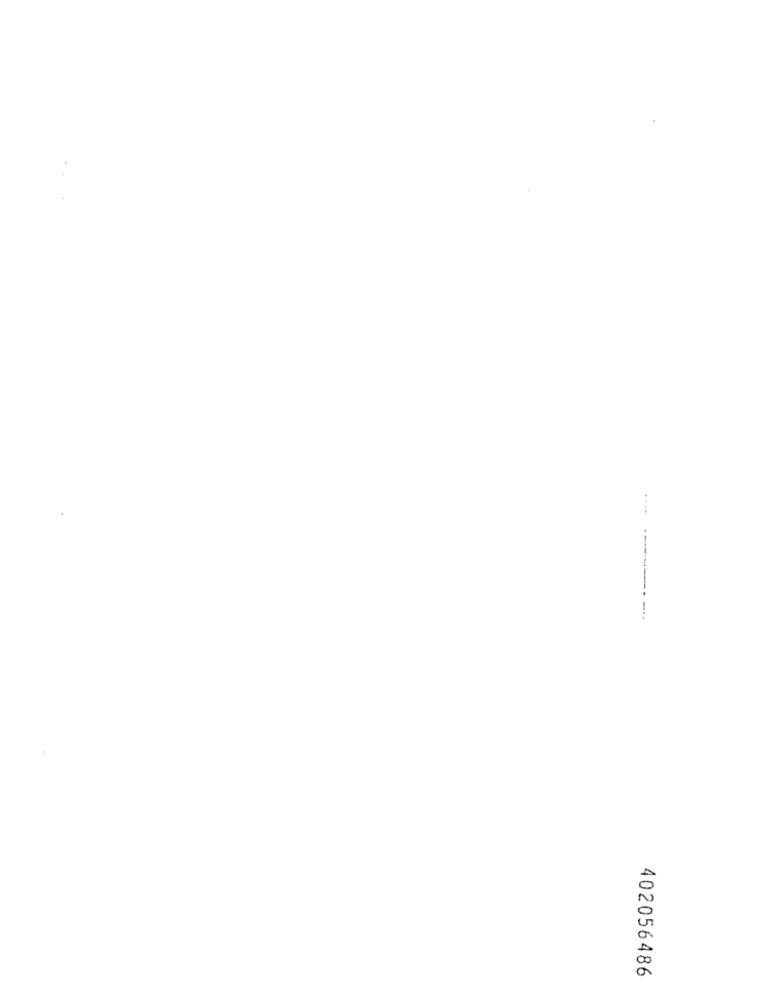
..
402056486